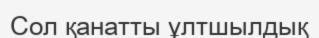
Сол қанатты ұлтшылдық